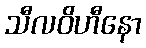
သီလဝိဟီနော